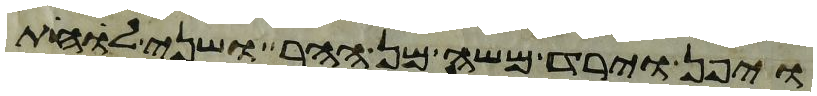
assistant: ויפן וירד משה מן ההר ושני לוחת